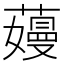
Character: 𬞽